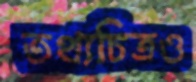
তথ্যচিত্রও